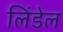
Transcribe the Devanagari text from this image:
लिंडेल